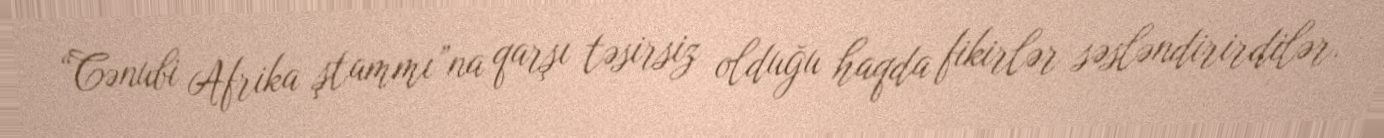
“Cənubi Afrika ştammı”na qarşı təsirsiz olduğu haqda fikirlər səsləndirirdilər.